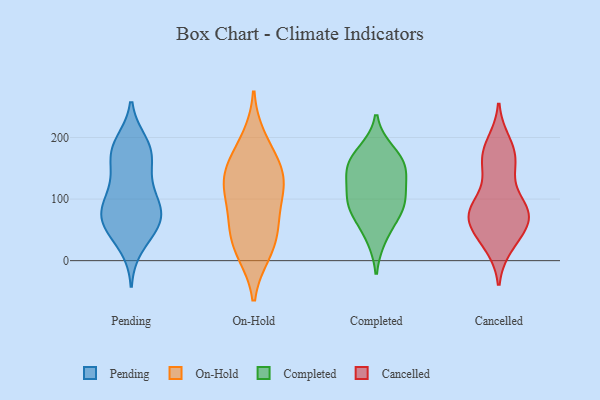
{"axis": {"x": "Page Views", "y": "Value"}, "legend": ["Cancelled", "Completed", "On-Hold", "Pending"], "data": [{"x": "", "y": 51, "type": "Pending"}, {"x": "", "y": 61, "type": "Pending"}, {"x": "", "y": 76, "type": "Pending"}, {"x": "", "y": 180, "type": "Pending"}, {"x": "", "y": 62, "type": "Pending"}, {"x": "", "y": 94, "type": "Pending"}, {"x": "", "y": 89, "type": "Pending"}, {"x": "", "y": 168, "type": "Pending"}, {"x": "", "y": 121, "type": "Pending"}, {"x": "", "y": 191, "type": "Pending"}, {"x": "", "y": 60, "type": "Pending"}, {"x": "", "y": 128, "type": "Pending"}, {"x": "", "y": 183, "type": "Pending"}, {"x": "", "y": 168, "type": "Pending"}, {"x": "", "y": 83, "type": "Pending"}, {"x": "", "y": 24, "type": "Pending"}, {"x": "", "y": 15, "type": "On-Hold"}, {"x": "", "y": 131, "type": "On-Hold"}, {"x": "", "y": 117, "type": "On-Hold"}, {"x": "", "y": 46, "type": "On-Hold"}, {"x": "", "y": 146, "type": "On-Hold"}, {"x": "", "y": 108, "type": "On-Hold"}, {"x": "", "y": 52, "type": "On-Hold"}, {"x": "", "y": 170, "type": "On-Hold"}, {"x": "", "y": 137, "type": "On-Hold"}, {"x": "", "y": 73, "type": "On-Hold"}, {"x": "", "y": 13, "type": "On-Hold"}, {"x": "", "y": 197, "type": "On-Hold"}, {"x": "", "y": 86, "type": "Completed"}, {"x": "", "y": 163, "type": "Completed"}, {"x": "", "y": 177, "type": "Completed"}, {"x": "", "y": 101, "type": "Completed"}, {"x": "", "y": 95, "type": "Completed"}, {"x": "", "y": 76, "type": "Completed"}, {"x": "", "y": 155, "type": "Completed"}, {"x": "", "y": 132, "type": "Completed"}, {"x": "", "y": 38, "type": "Completed"}, {"x": "", "y": 144, "type": "Completed"}, {"x": "", "y": 28, "type": "Cancelled"}, {"x": "", "y": 179, "type": "Cancelled"}, {"x": "", "y": 191, "type": "Cancelled"}, {"x": "", "y": 145, "type": "Cancelled"}, {"x": "", "y": 83, "type": "Cancelled"}, {"x": "", "y": 25, "type": "Cancelled"}, {"x": "", "y": 72, "type": "Cancelled"}, {"x": "", "y": 150, "type": "Cancelled"}, {"x": "", "y": 163, "type": "Cancelled"}, {"x": "", "y": 89, "type": "Cancelled"}, {"x": "", "y": 46, "type": "Cancelled"}, {"x": "", "y": 71, "type": "Cancelled"}, {"x": "", "y": 177, "type": "Cancelled"}, {"x": "", "y": 47, "type": "Cancelled"}, {"x": "", "y": 80, "type": "Cancelled"}, {"x": "", "y": 70, "type": "Cancelled"}, {"x": "", "y": 83, "type": "Cancelled"}, {"x": "", "y": 84, "type": "Cancelled"}]}